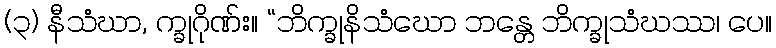
(၃) နီသံဃာ, က္ခုဂိုဏ်း။ “ဘိက္ခုနိသံဃော ဘန္တေ ဘိက္ခုသံဃဿ၊ ပေ။